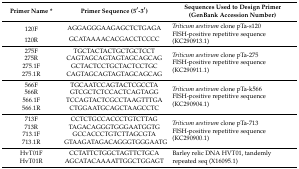
| Primer Name * | Primer Sequence (5′-3′) | Sequences Used to Design Primer (GenBank Accession Number) |
 | --- | --- | --- |
 | 120F | AGGAGGGAAGAGCTCTGAGA | <ROWSPAN=2> Triticum aestivum clone pTa-s120 FISH-positive repetitive sequence (KC290913.1) |
 | 120R | GCATAAAACACGACCTCCCC |
 | 275F | TGCTACTACTGCTGCTCCT | <ROWSPAN=4> Triticum aestivum clone pTa-275 FISH-positive repetitive sequence (KC290911.1) |
 | 275R | CAGTAGCAGTAGTAGCAGCAG |
 | 275.1F | GCTACTCCTGCTACTCCTGC |
 | 275.1R | CAGTAGCAGTAGTAGCAGCAG |
 | 566F | TGCAATCCAGTACTCGCCTA | <ROWSPAN=4> Triticum aestivum clone pTa-k566 FISH-positive repetitive sequence (KC290904.1) |
 | 566R | GTCGCTCTCCACTCAGTAGG |
 | 566.1F | TCCAGTACTCGCCTAAGTTTGA |
 | 566.1R | CTGGAATGCAGCTAAGCCTC |
 | 713F | CCTCTGCCACCCTGTCTTAG | <ROWSPAN=4> Triticum aestivum clone pTa-713 FISH-positive repetitive sequence (KC290900.1) |
 | 713R | TAGACAGGGTGGGAATGGTG |
 | 713.1F | GCCACCCTGTCTTAGCGTA |
 | 713.1R | GTAAGATAGACAGGGTGGGAATG |
 | HvT01F | CCTATTCTGGCTAGTTCTGCA | <ROWSPAN=2> Barley relic DNA HVT01, tandemly repeated seq (X16095.1) |
 | HvT01R | AGCATACAAAATTGGCTGGAGT |